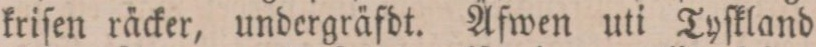
kriſen räcker, undergräfdt. Äfwen uti Tyſkland